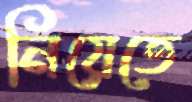
নিয়েতে